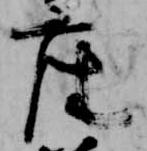
座